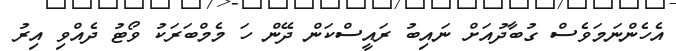
އެހެންނަމަވެސް ގުބާދުއަށް ނައިބު ރައީސްކަން ދޭން ހަ މެމްބަރަކު ވޯޓު ދެއްވި އިރު